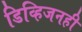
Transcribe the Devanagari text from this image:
डिव्हिजनही